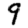
Digit: 9